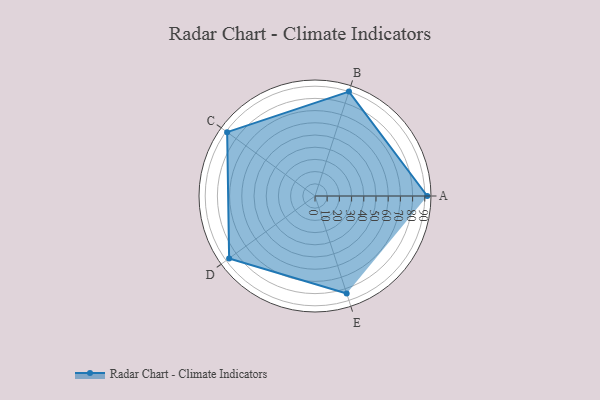
{"axis": {"x": "Skill", "y": "Score"}, "legend": ["Profile"], "data": [{"x": "A", "y": 92.0, "type": "Profile"}, {"x": "B", "y": 90.0, "type": "Profile"}, {"x": "C", "y": 89.0, "type": "Profile"}, {"x": "D", "y": 87.0, "type": "Profile"}, {"x": "E", "y": 84.0, "type": "Profile"}]}